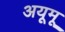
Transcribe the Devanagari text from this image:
अयूमू